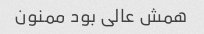
همش عالی بود ممنون